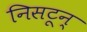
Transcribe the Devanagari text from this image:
निसटून्